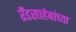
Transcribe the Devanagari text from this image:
रँडसाहेबांच्या